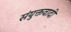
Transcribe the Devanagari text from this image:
संयुक्तवादी